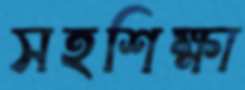
সহশিক্ষা